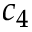
c _ { 4 }